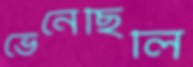
ভেনেছিলি